Theory and practice of anti-rabic immunisation - Number 30
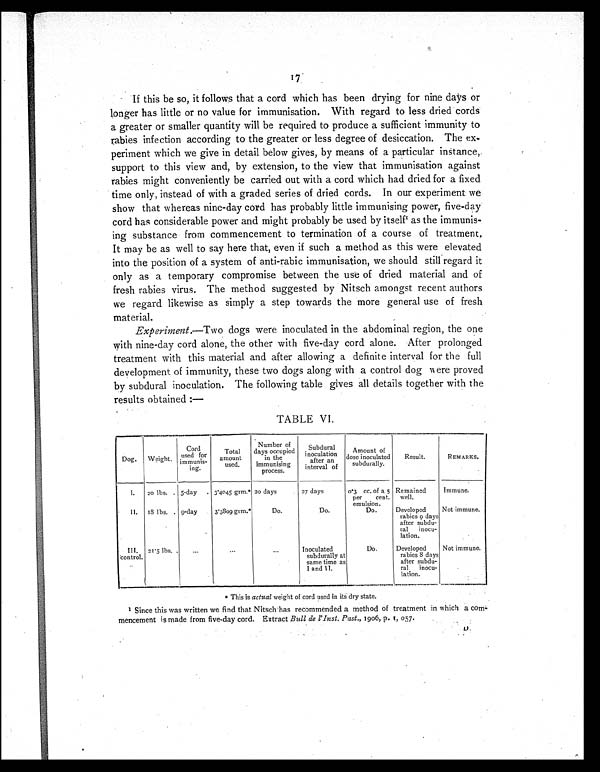
17
If this be so, it follows that a cord which has been drying for nine days or
longer has little or no value for immunisation. With regard to less dried cords
a greater or smaller quantity will be required to produce a sufficient immunity to
rabies infection according to the greater or less degree of desiccation. The ex-
periment which we give in detail below gives, by means of a particular instance,
support to this view and, by extension, to the view that immunisation against
rabies might conveniently be carried out with a cord which had dried for a fixed
time only, instead of with a graded series of dried cords. In our experiment we
show that whereas nine-day cord has probably little immunising power, five-day
cord has considerable power and might probably be used by itself 1 as the immunis-
ing substance from commencement to termination of a course of treatment,
It may be as well to say here that, even if such a method as this were elevated
into the position of a system of anti-rabic immunisation, we should still regard it
only as a temporary compromise between the use of dried material and of
fresh rabies virus. The method suggested by Nitsch amongst recent authors
we regard likewise as simply a step towards the more general use of fresh
material.
Experiment.—Two dogs were inoculated in the abdominal region, the one
with nine-day cord alone, the other with five-day cord alone. After prolonged
treatment with this material and after allowing a definite interval for the full
development of immunity, these two dogs along with a control dog were proved
by subdural inoculation. The following table gives all details together with the
results obtained:
—
TABLE VI.
Dog.
Weight.
Cord
used for
immunis-
ing.
Total
amount
used.
Number of
days occupied
in the
immunising
process.
Subdural
inoculation
after an
interval of
Amount of
dose inoculated
subdurally.
Result.
REMARKS.
1.
20 lbs. . 5-day
. 3.4045 grm.* 20 days
27 days
0.3 cc. of a 5
per cent.
emulsion.
Remained
well.
Immune.
II.
18 lbs. . 9 day
3.3809 grm.*
Do.
Do.
Do.
Developed
rabies 9 days
after subdu-
ral inocu-
lation.
Not immune.
III. C o n t r o l
21.5 lbs. .
..
...
...
Inoculated
subdurally at
same time as
I and II.
Do.
Developed
rabies 8 days
after subdu-
ral inocu-
lation.
Not immune.
* This is actual weight of cord used in its dry state.
1
Since this was written we find that Nitsch has recommended a method of treatment in which a com
m-mencement is made from five-day cord. Extract Bull de l'Inst. Past., 1906, p. 1,057.
D .